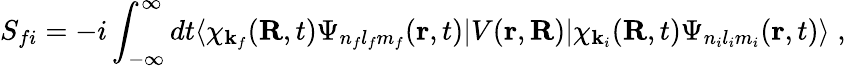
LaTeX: S_{fi}=-i\int_{-\infty}^{\infty}dt\langle\chi_{\mathbf{k}_{f}}(\mathbf{R},t)\Psi_{n_{f}l_{f}m_{f}}(\mathbf{r},t)|V(\mathbf{r},\mathbf{R})|{\chi}_{\mathbf{k}_{i}}(\mathbf{R},t)\Psi_{n_{i}l_{i}m_{i}}(\mathbf{r},t)\rangle\; ,